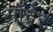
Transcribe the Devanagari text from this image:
मोदेर